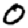
Digit: 0